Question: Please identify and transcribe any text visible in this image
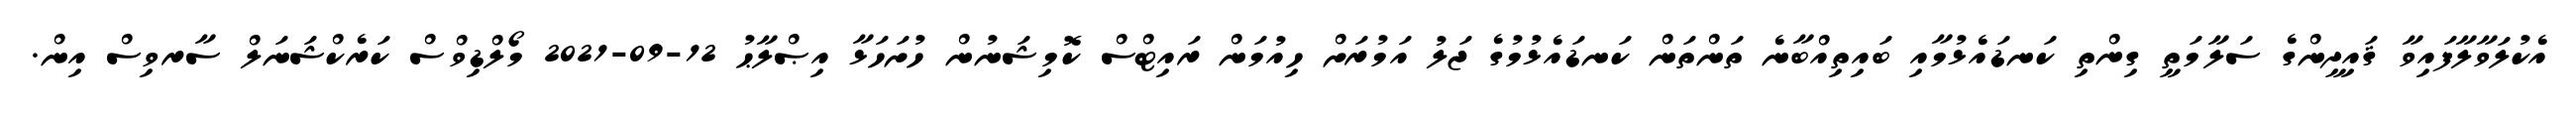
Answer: އެކުލަވާލާފައިވާ ޤައިދީންގެ ސަލާމަތީ ގިންތި ކަނޑައެޅުމާއި ބައިތިއްބާނެ ތަންތަން ކަނޑައެޅުމުގެ ޖަލު އަމުރަށް ހިއުމަން ރައިޓްސް ކޮމިޝަނުން ހުށަހަޅާ އިޞްލާޙު 12-09-2021 މޯލްޑިވްސް ކަރެކްޝަނަލް ސާރވިސް އިން.